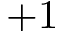
+ 1